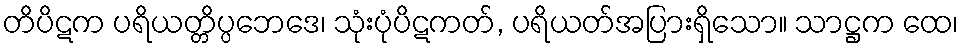
တိပိဋက ပရိယတ္တိပ္ပဘေဒေ၊ သုံးပုံပိဋကတ်, ပရိယတ်အပြားရှိသော။ သာဋ္ဌက ထေ၊